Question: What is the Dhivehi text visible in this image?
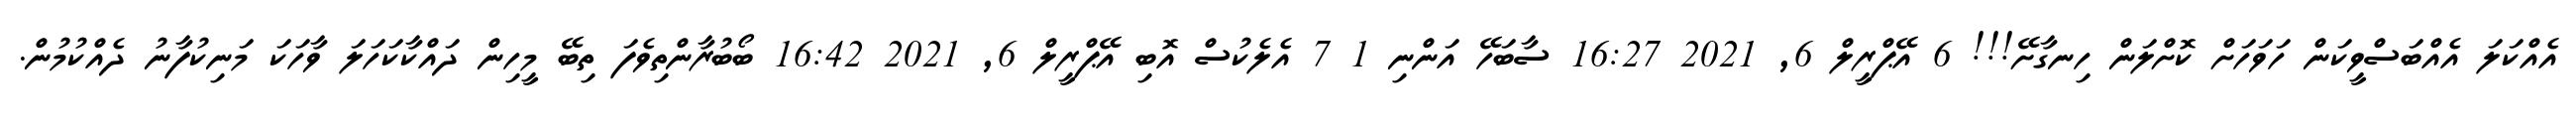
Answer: އެއްކަލަ އެއްބަސްވީކަން ހަވަހަށް ކޮށްލަން ހިނގާށޭ!!! 6 އޭޕްރީލް 6, 2021 16:27 ސާބަހޭ އަންނި 1 7 އެލެކުސް އޮބި އޭޕްރީލް 6, 2021 16:42 ބޯބުރާންތިވެފަ ތިބޭ މީހިން ދައްކާކަހަލަ ވާހަކަ މަނިކުފާނު ދެއްކުމުން.